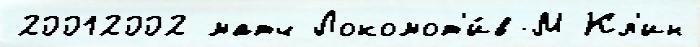
20012002 матч Локомот'и́в-М Кл'ин